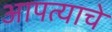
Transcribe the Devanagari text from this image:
आपत्याचे